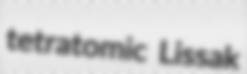
tetratomic Lissak